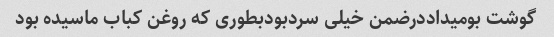
گوشت بومیداددرضمن خیلی سردبودبطوری که روغن کباب ماسیده بود